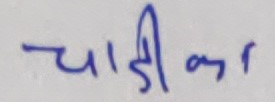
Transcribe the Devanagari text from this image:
चादी का